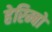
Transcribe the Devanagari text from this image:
हेरिम्बो